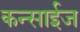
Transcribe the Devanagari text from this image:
कन्साईज